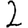
Digit: 2